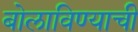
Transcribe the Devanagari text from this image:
बोलाविण्याची